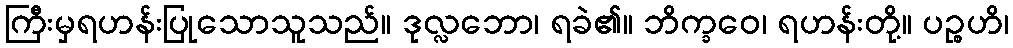
ကြီးမှရဟန်းပြုသောသူသည်။ ဒုလ္လဘော၊ ရခဲ၏။ ဘိက္ခဝေ၊ ရဟန်းတို့။ ပဉ္စဟိ၊